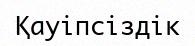
Қауіпсіздік